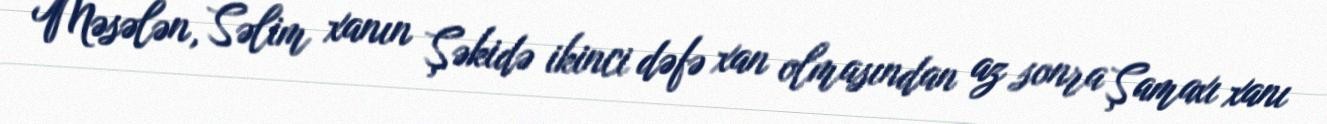
Məsələn, Səlim xanın Şəkidə ikinci dəfə xan olmasından az sonra Şamaxı xanı